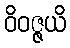
ဝိဝဇ္ဇယိ